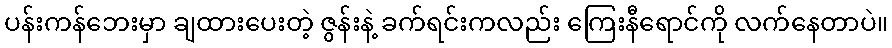
ပန်းကန်ဘေးမှာ ချထားပေးတဲ့ ဇွန်းနဲ့ ခက်ရင်းကလည်း ကြေးနီရောင်ကို လက်နေတာပဲ။